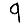
Digit: 9